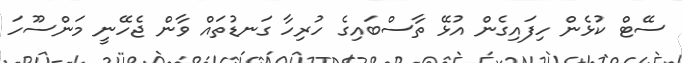
ސޭޓް ކުޅެން ހިފައިގެން އުޅޭ ތާސްބައިގެ ހުރިހާ ގަނޑުތައް ވާން ޖެހޭނީ މަންސޫހަ